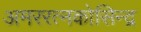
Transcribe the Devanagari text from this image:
अमररत्नकोसिन्द्र